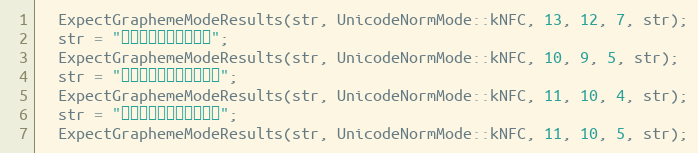
Language: C++
  ExpectGraphemeModeResults(str, UnicodeNormMode::kNFC, 13, 12, 7, str);
  str = "ទំនុកច្រៀង";
  ExpectGraphemeModeResults(str, UnicodeNormMode::kNFC, 10, 9, 5, str);
  str = "កាលីហ្វូញ៉ា";
  ExpectGraphemeModeResults(str, UnicodeNormMode::kNFC, 11, 10, 4, str);
  str = "ចាប់ពីផ្លូវ";
  ExpectGraphemeModeResults(str, UnicodeNormMode::kNFC, 11, 10, 5, str);